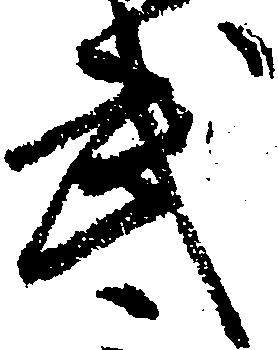
武